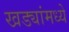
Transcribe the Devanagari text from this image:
खड्यांमध्ये